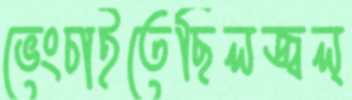
ভেংচাইতেছিলজ্বল্‌